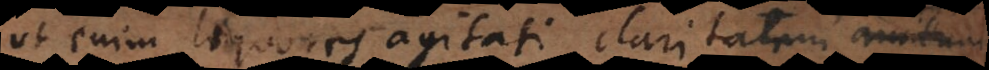
ut enim liquores agitati claritatem, amittunt